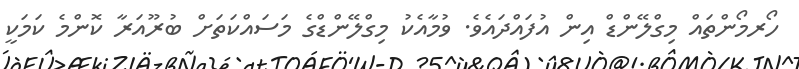
ހޯރމޯންތައް މިގްލޭންޑް އިން އުފައްދައެވެ. ވުމާއެކު މިގްލޭންޑްގެ މަސައްކަތަށް ބުރޫއަރާ ކޮންމެ ކަމަކީ